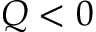
Q < 0